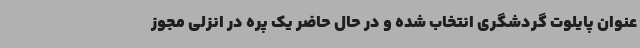
عنوان پایلوت گردشگری انتخاب شده و در حال حاضر یک پره در انزلی مجوز